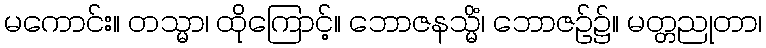
မကောင်း။ တသ္မာ၊ ထိုကြောင့်။ ဘောဇနသ္မိံ၊ ဘောဇဉ်၌။ မတ္တညုတာ၊